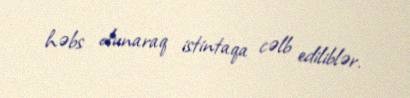
həbs olunaraq istintaqa cəlb ediliblər.